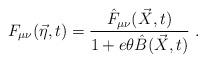
LaTeX: \begin{align*}F_{\mu\nu} (\vec{\eta},t)= \frac{\hat{F}_{\mu\nu} (\vec{X} ,t)}{1+e\theta \hat{B} (\vec{X},t)}\ .\end{align*}